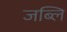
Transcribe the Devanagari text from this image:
जब्लि